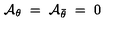
{ \cal A } _ { \theta } \ = \ { \cal A } _ { \bar { \theta } } \ = \ 0